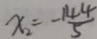
x _ { 2 } = - \frac { 1 4 4 } { 5 }